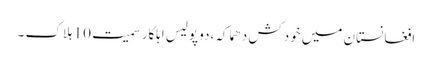
افغانستان میں خودکش دھماکہ ،دو پولیس اہلکار سمیت 10 ہلاک ۔